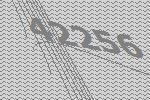
42256